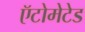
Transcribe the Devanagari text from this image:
ऍटोमेटेड